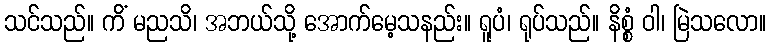
သင်သည်။ ကိံ မညသိ၊ အဘယ်သို့ အောက်မေ့သနည်း။ ရူပံ၊ ရုပ်သည်။ နိစ္စံ ဝါ၊ မြဲသလော။